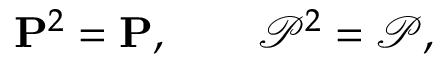
{ \bf P } ^ { 2 } = { \bf P } , \qquad { \mathcal P } ^ { 2 } = { \mathcal P } ,